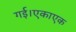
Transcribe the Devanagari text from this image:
गई।एकाएक